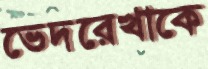
ভেদরেখাকে